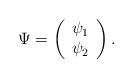
LaTeX: \begin{align*}\Psi=\left(\begin{array}{c}\psi_1\\ \psi_2\end{array}\right).\end{align*}